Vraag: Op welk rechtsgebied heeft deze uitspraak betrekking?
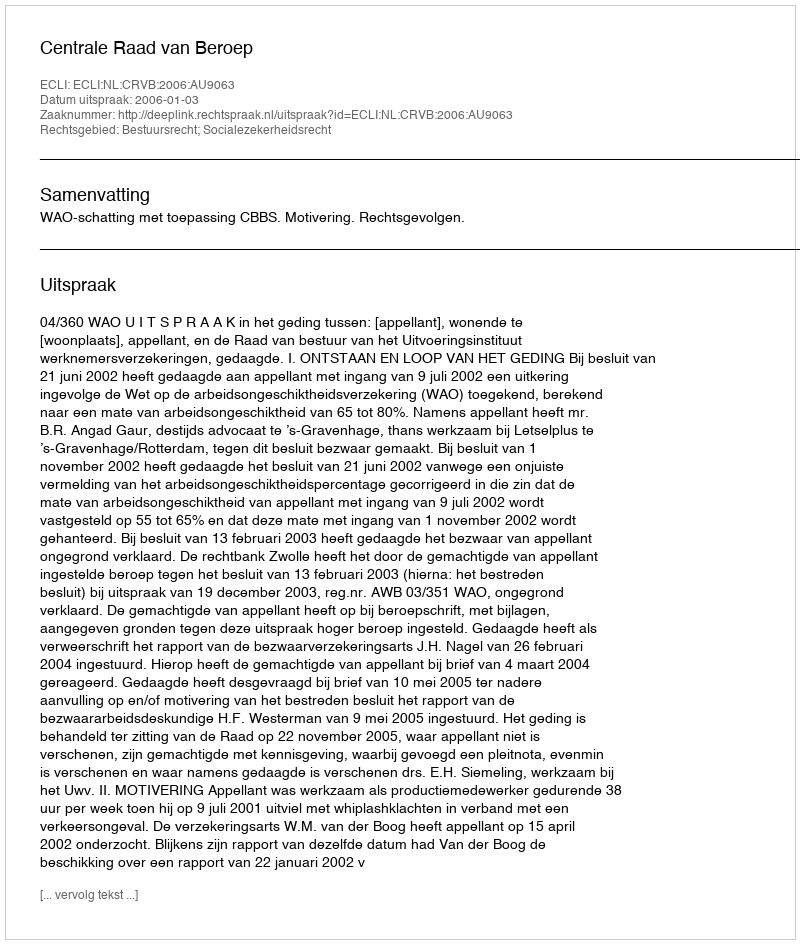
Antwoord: Bestuursrecht; Socialezekerheidsrecht